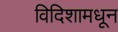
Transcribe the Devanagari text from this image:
विदिशामधून